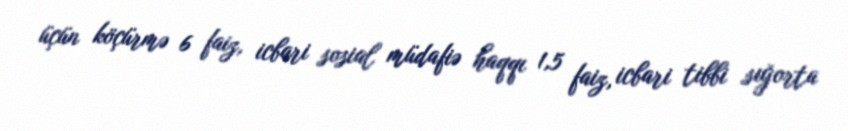
üçün köçürmə 6 faiz, icbari sosial müdafiə haqqı 1,5 faiz, icbari tibbi sığorta